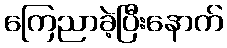
ကြေညာခဲ့ပြီးနောက်